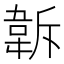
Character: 𩎚